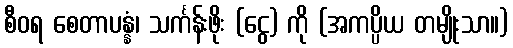
စီဝရ စေတာပန္နံ၊ သင်္ကန်းဖိုး (ငွေ) ကို (အကပ္ပိယ တမျိုးသာ။)